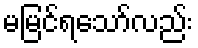
မမြင်ရသော်လည်း